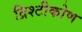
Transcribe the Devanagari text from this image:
द्रिश्टीकोण